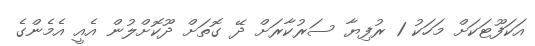
އަކަފޫޓަކަށް މަހަކު 1 ރުފިޔާ ސަރުކާރަށް ދޭ ގޮތަށް ދޫކޮށްލުން އެއީ އެމެންގެ